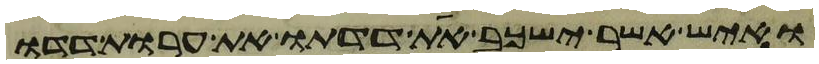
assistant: ואיש אשר ישכב את דדתו את ערות דדו